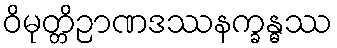
ဝိမုတ္တိဉာဏဒဿနက္ခန္ဓဿ